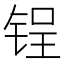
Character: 锃